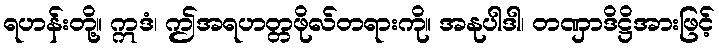
ရဟန်းတို့။ ဣဒံ၊ ဤအရဟတ္တဖိုလ်တရားကို။ အနုပါဒါ၊ တဏှာဒိဋ္ဌိအားဖြင့်